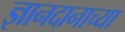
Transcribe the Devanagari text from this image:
ज्ञानदानाच्या